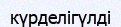
күрделігүлді